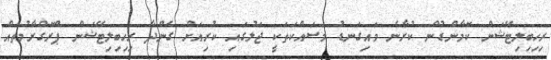
ރިހިބިލިޓޭޝަން ކޮމާންޑުން ކުރާނެ މައިގަނޑު މަސައްކަތަކީ ޖަލުގައި ކުރިއަށް ގެންދާ ރިހިބިލިޓޭޝަން ޕްރޮގްރާމުތައް